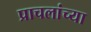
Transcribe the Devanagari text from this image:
प्राचलांच्या